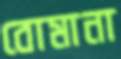
বোমানা